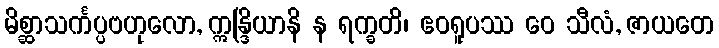
မိစ္ဆာသင်္ကပ္ပဗဟုလော, ဣန္ဒြိယာနိ န ရက္ခတိ၊ ဧဝရူပဿ ဝေ သီလံ, ဇာယတေ